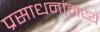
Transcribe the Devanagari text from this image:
प्रसाधनांमध्ये